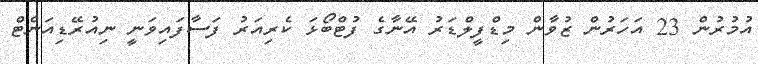
އުމުރުން 23 އަހަރުން ޒުވާން މިޑްފީލްޑަރު އޭނާގެ ފުޓްބޯޅަ ކެރިއަރު ފަސާފައިވަނީ ނިއުރޭޑިއަންޓް